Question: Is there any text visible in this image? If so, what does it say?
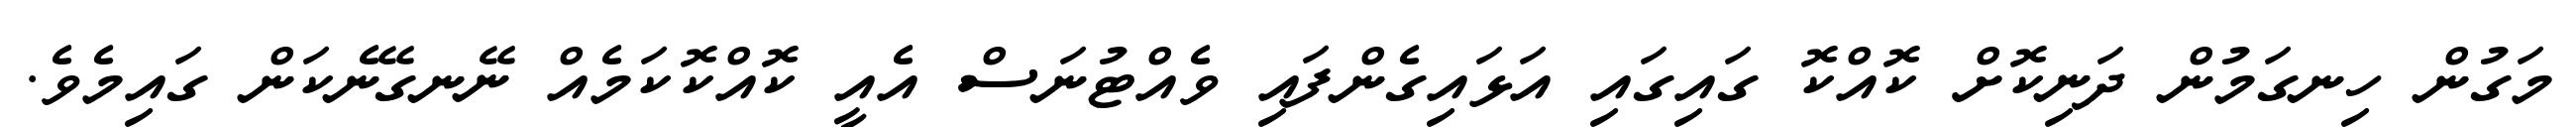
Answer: މަގުން ހިނގަމުން ދަނިކޮށް ކޮއްކޮ ގައިގައި އަޅައިގެންފައި ވެއްޓުނަސް އެއީ ކޮއްކޮކަމެއް ނޭނގޭނެކަން ގައިމެވެ.